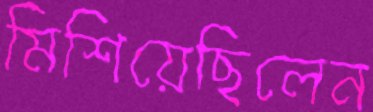
মিশিয়েছিলেন